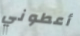
أعطوني